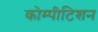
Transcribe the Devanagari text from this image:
कोम्पीटिशन